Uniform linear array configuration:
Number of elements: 64
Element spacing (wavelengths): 1
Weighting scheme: exponential
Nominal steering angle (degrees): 15
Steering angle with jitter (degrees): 15.33
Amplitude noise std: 0.05
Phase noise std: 0.05

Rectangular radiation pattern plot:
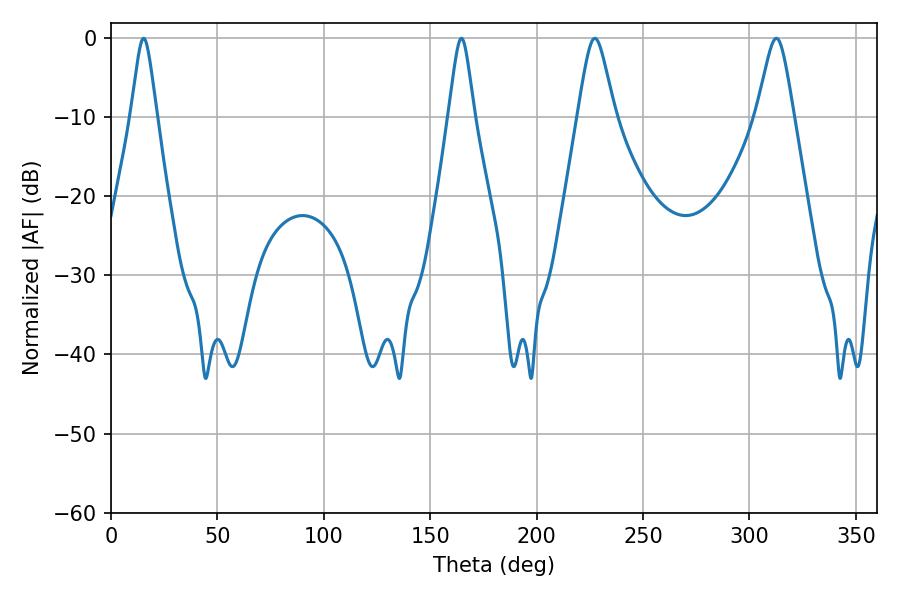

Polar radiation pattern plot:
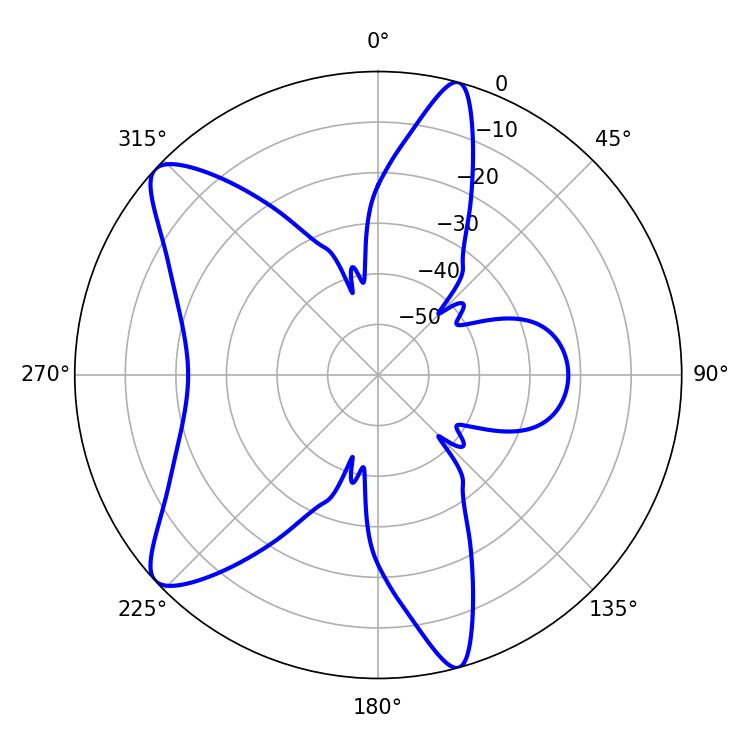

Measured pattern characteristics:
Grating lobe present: TRUE
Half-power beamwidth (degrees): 8.28
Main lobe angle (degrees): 227.34